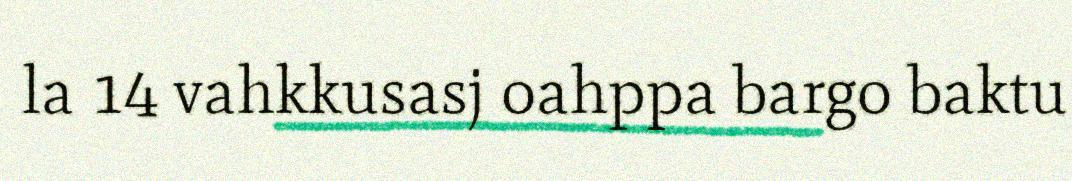
la 14 vahkkusasj oahppa bargo baktu